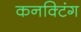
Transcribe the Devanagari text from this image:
कनक्टिंग